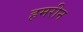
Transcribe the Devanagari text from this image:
हमरीन